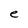
Character: e